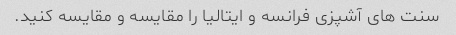
سنت های آشپزی فرانسه و ایتالیا را مقایسه و مقایسه کنید.